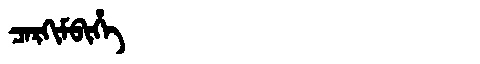
Manchu: ᠴᠠᡵᡴᡳᠮᠪᡳᡥᡝ
Romanization: CARKIMBIHE